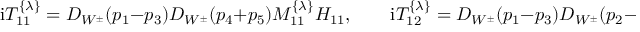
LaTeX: \mathrm { i } T _ { 1 1 } ^ { \{ \lambda \} } = D _ { W ^ { \pm } } ( p _ { 1 } - p _ { 3 } ) D _ { W ^ { \pm } } ( p _ { 4 } + p _ { 5 } ) M _ { 1 1 } ^ { \{ \lambda \} } { \cal H } _ { 1 1 } , \quad \quad \mathrm { i } T _ { 1 2 } ^ { \{ \lambda \} } = D _ { W ^ { \pm } } ( p _ { 1 } - p _ { 3 } ) D _ { W ^ { \pm } } ( p _ { 2 } - p _ { 4 } ) M _ { 1 2 } ^ { \{ \lambda \} } { \cal H } _ { 1 2 } .